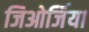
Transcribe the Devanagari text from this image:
जिओर्जिया